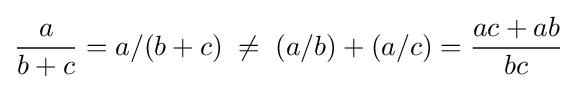
{\frac {a}{b+c}}=a/(b+c)\;\neq \;(a/b)+(a/c)={\frac {ac+ab}{bc}}